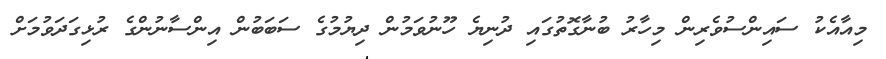
މިއާއެކު ސައިންސުވެރިން މިހާރު ބުނާގޮތުގައި ދުނިޔެ ހޫނުވަމުން ދިޔުމުގެ ސަބަބުން އިންސާނުންގެ ރުޅިގަދަވުމަށް